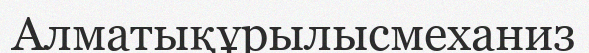
Алматықұрылысмеханиз